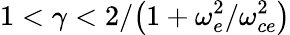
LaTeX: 1<\gamma<2/\big(1+\omega_{e}^{2}/\omega_{ce}^{2}\big)